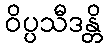
ဝိပ္ပသီဒန္တိ